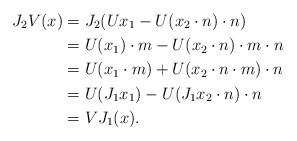
LaTeX: \begin{align*}J_{2}V(x) &= J_{2}(Ux_{1} - U(x_{2} \cdot n) \cdot n) \\&= U(x_{1}) \cdot m - U(x_{2} \cdot n) \cdot m \cdot n\\&= U(x_{1} \cdot m) + U(x_{2} \cdot n \cdot m) \cdot n \\&= U(J_{1}x_{1}) - U(J_{1}x_{2} \cdot n ) \cdot n\\&= VJ_{1}(x).\end{align*}